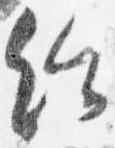
給